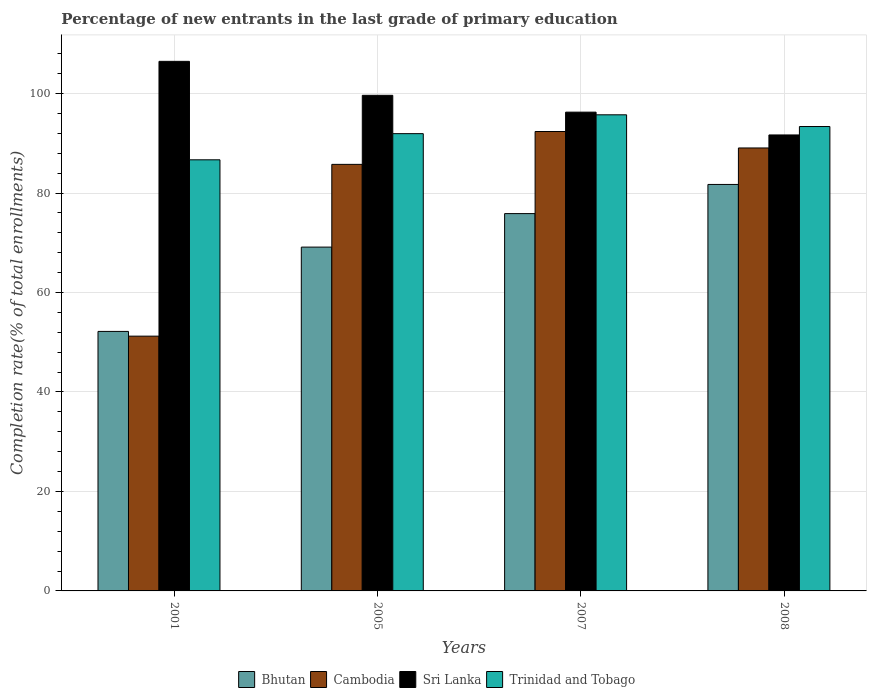
| Years | Bhutan | Cambodia | Sri Lanka | Trinidad and Tobago |
 | --- | --- | --- | --- | --- |
 | 2001 | 52.2 | 51.2 | 106 | 86.7 |
 | 2005 | 69.1 | 85.8 | 99.6 | 91.9 |
 | 2007 | 75.9 | 92.4 | 96.3 | 95.7 |
 | 2008 | 81.7 | 89.1 | 91.7 | 93.4 |